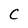
Character: C